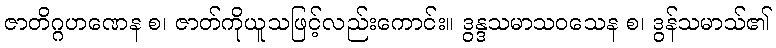
ဇာတိဂ္ဂဟဏေန စ၊ ဇာတ်ကိုယူသဖြင့်လည်းကောင်း။ ဒွန္ဒသမာသဝသေန စ၊ ဒွန်သမာသ်၏